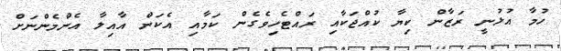
ހުމާ އުޅުނީ ރަޒާން ކިޔާ ކުއްޖަކާއި ރައްޓެހިވެގެން ކަމާއި އެކަން އާއިލާ އެންމެންނަށް